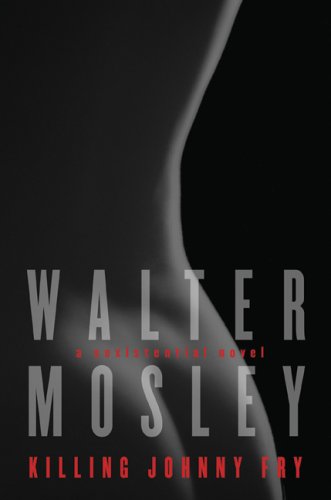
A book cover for Killing Johnny Fry: A Sexistential Novel; Walter Mosley; Romance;